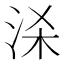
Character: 𭰒